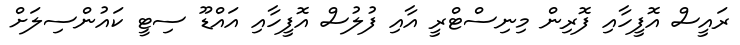
ރައީސް އޮފީހާއި ފޮރިން މިނިސްޓްރީ އާއި ފުލުސް އޮފީހާއި އައްޑޫ ސިޓީ ކައުންސިލަށް